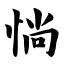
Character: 惝